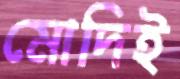
মোদিই